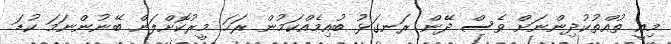
މިއީ ތުއްތުކުދިންނަށް ވެސް ދޭން ރަނގަޅު ބުއިމެއްކަމުން ރަހަ މީރުކޮށްލަން ބޭނުންނަމަ ކުޑަ